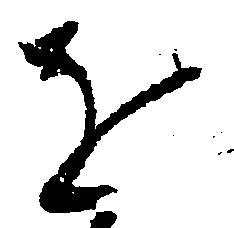
を